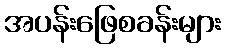
အပန်းဖြေစခန်းများ